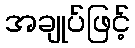
အချုပ်ဖြင့်